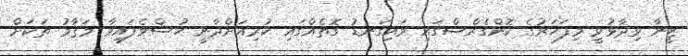
ޒީނާ ވިދާޅުވީ މިފަހަރުގެ ކޮންގެރްސްގައި މައިގަނޑު ގޮތެއްގައި ކުރިއަށްދާނީ ހުސްވެފައިވާ މަޤާމު ތަކަށް